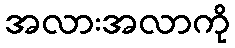
အလားအလာကို